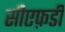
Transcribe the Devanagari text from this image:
सीएफ़डी